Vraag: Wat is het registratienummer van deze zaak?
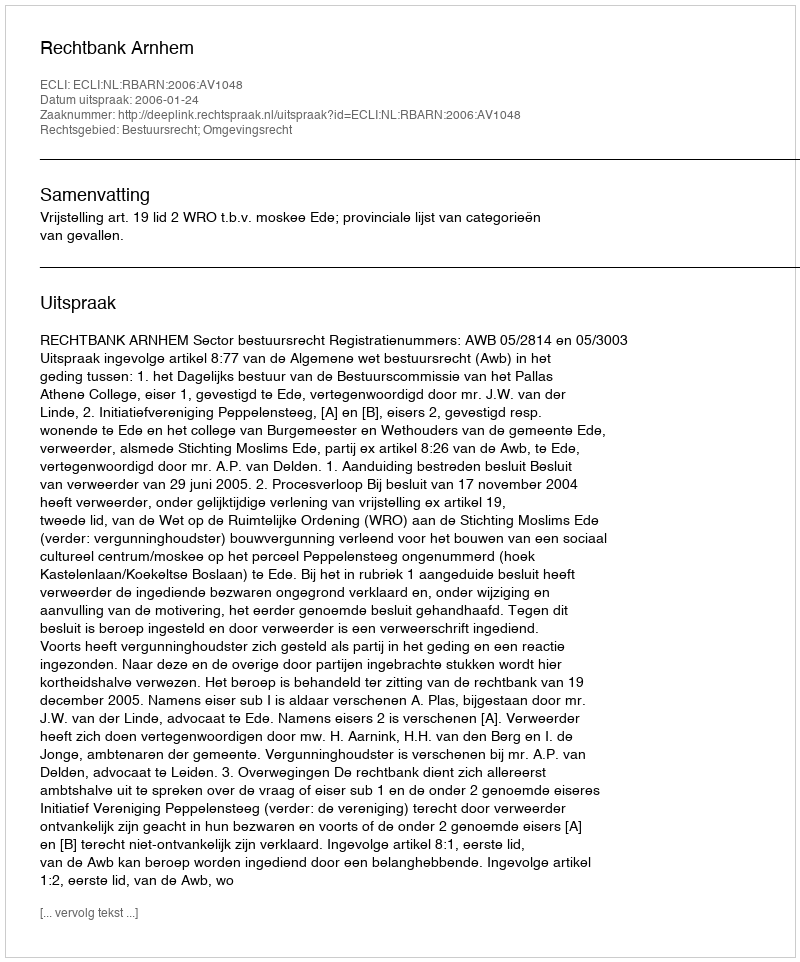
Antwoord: http://deeplink.rechtspraak.nl/uitspraak?id=ECLI:NL:RBARN:2006:AV1048